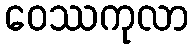
ဝေဿကုလာ